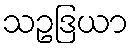
သဥဒြယာ